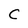
Character: C